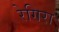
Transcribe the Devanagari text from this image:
रेगिरा